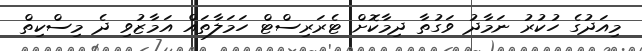
މިއަދުގެ ހުކުރު ނަމާދު ވަގުތާ ދިމާކޮށް ޓެރަރިސްޓް ހަމަލާތައް އަމާޒުވި ދެ މިސްކިތް